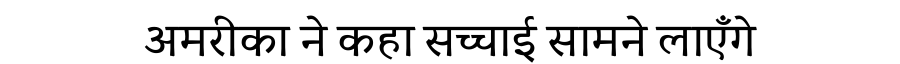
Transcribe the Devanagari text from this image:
अमरीका ने कहा सच्चाई सामने लाएँगे